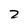
Character: 2